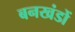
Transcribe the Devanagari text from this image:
बनखंडों